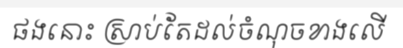
ផងនោះ ស្រាប់តែដល់ចំណុចខាងលើ